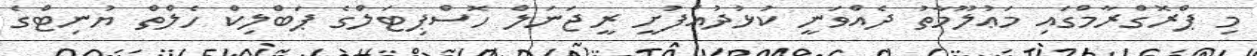
މި ޕްރޮގްރާމްގައި މަޢުލޫމާތު ދެއްވަނީ ކުޅުދުއްފުށީ ރީޖަނަލް ހޮސްޕިޓަލްގެ ޕަބްލިކް ހެލްތް ޔުނިޓްގެ